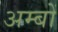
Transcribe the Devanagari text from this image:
अम्बों